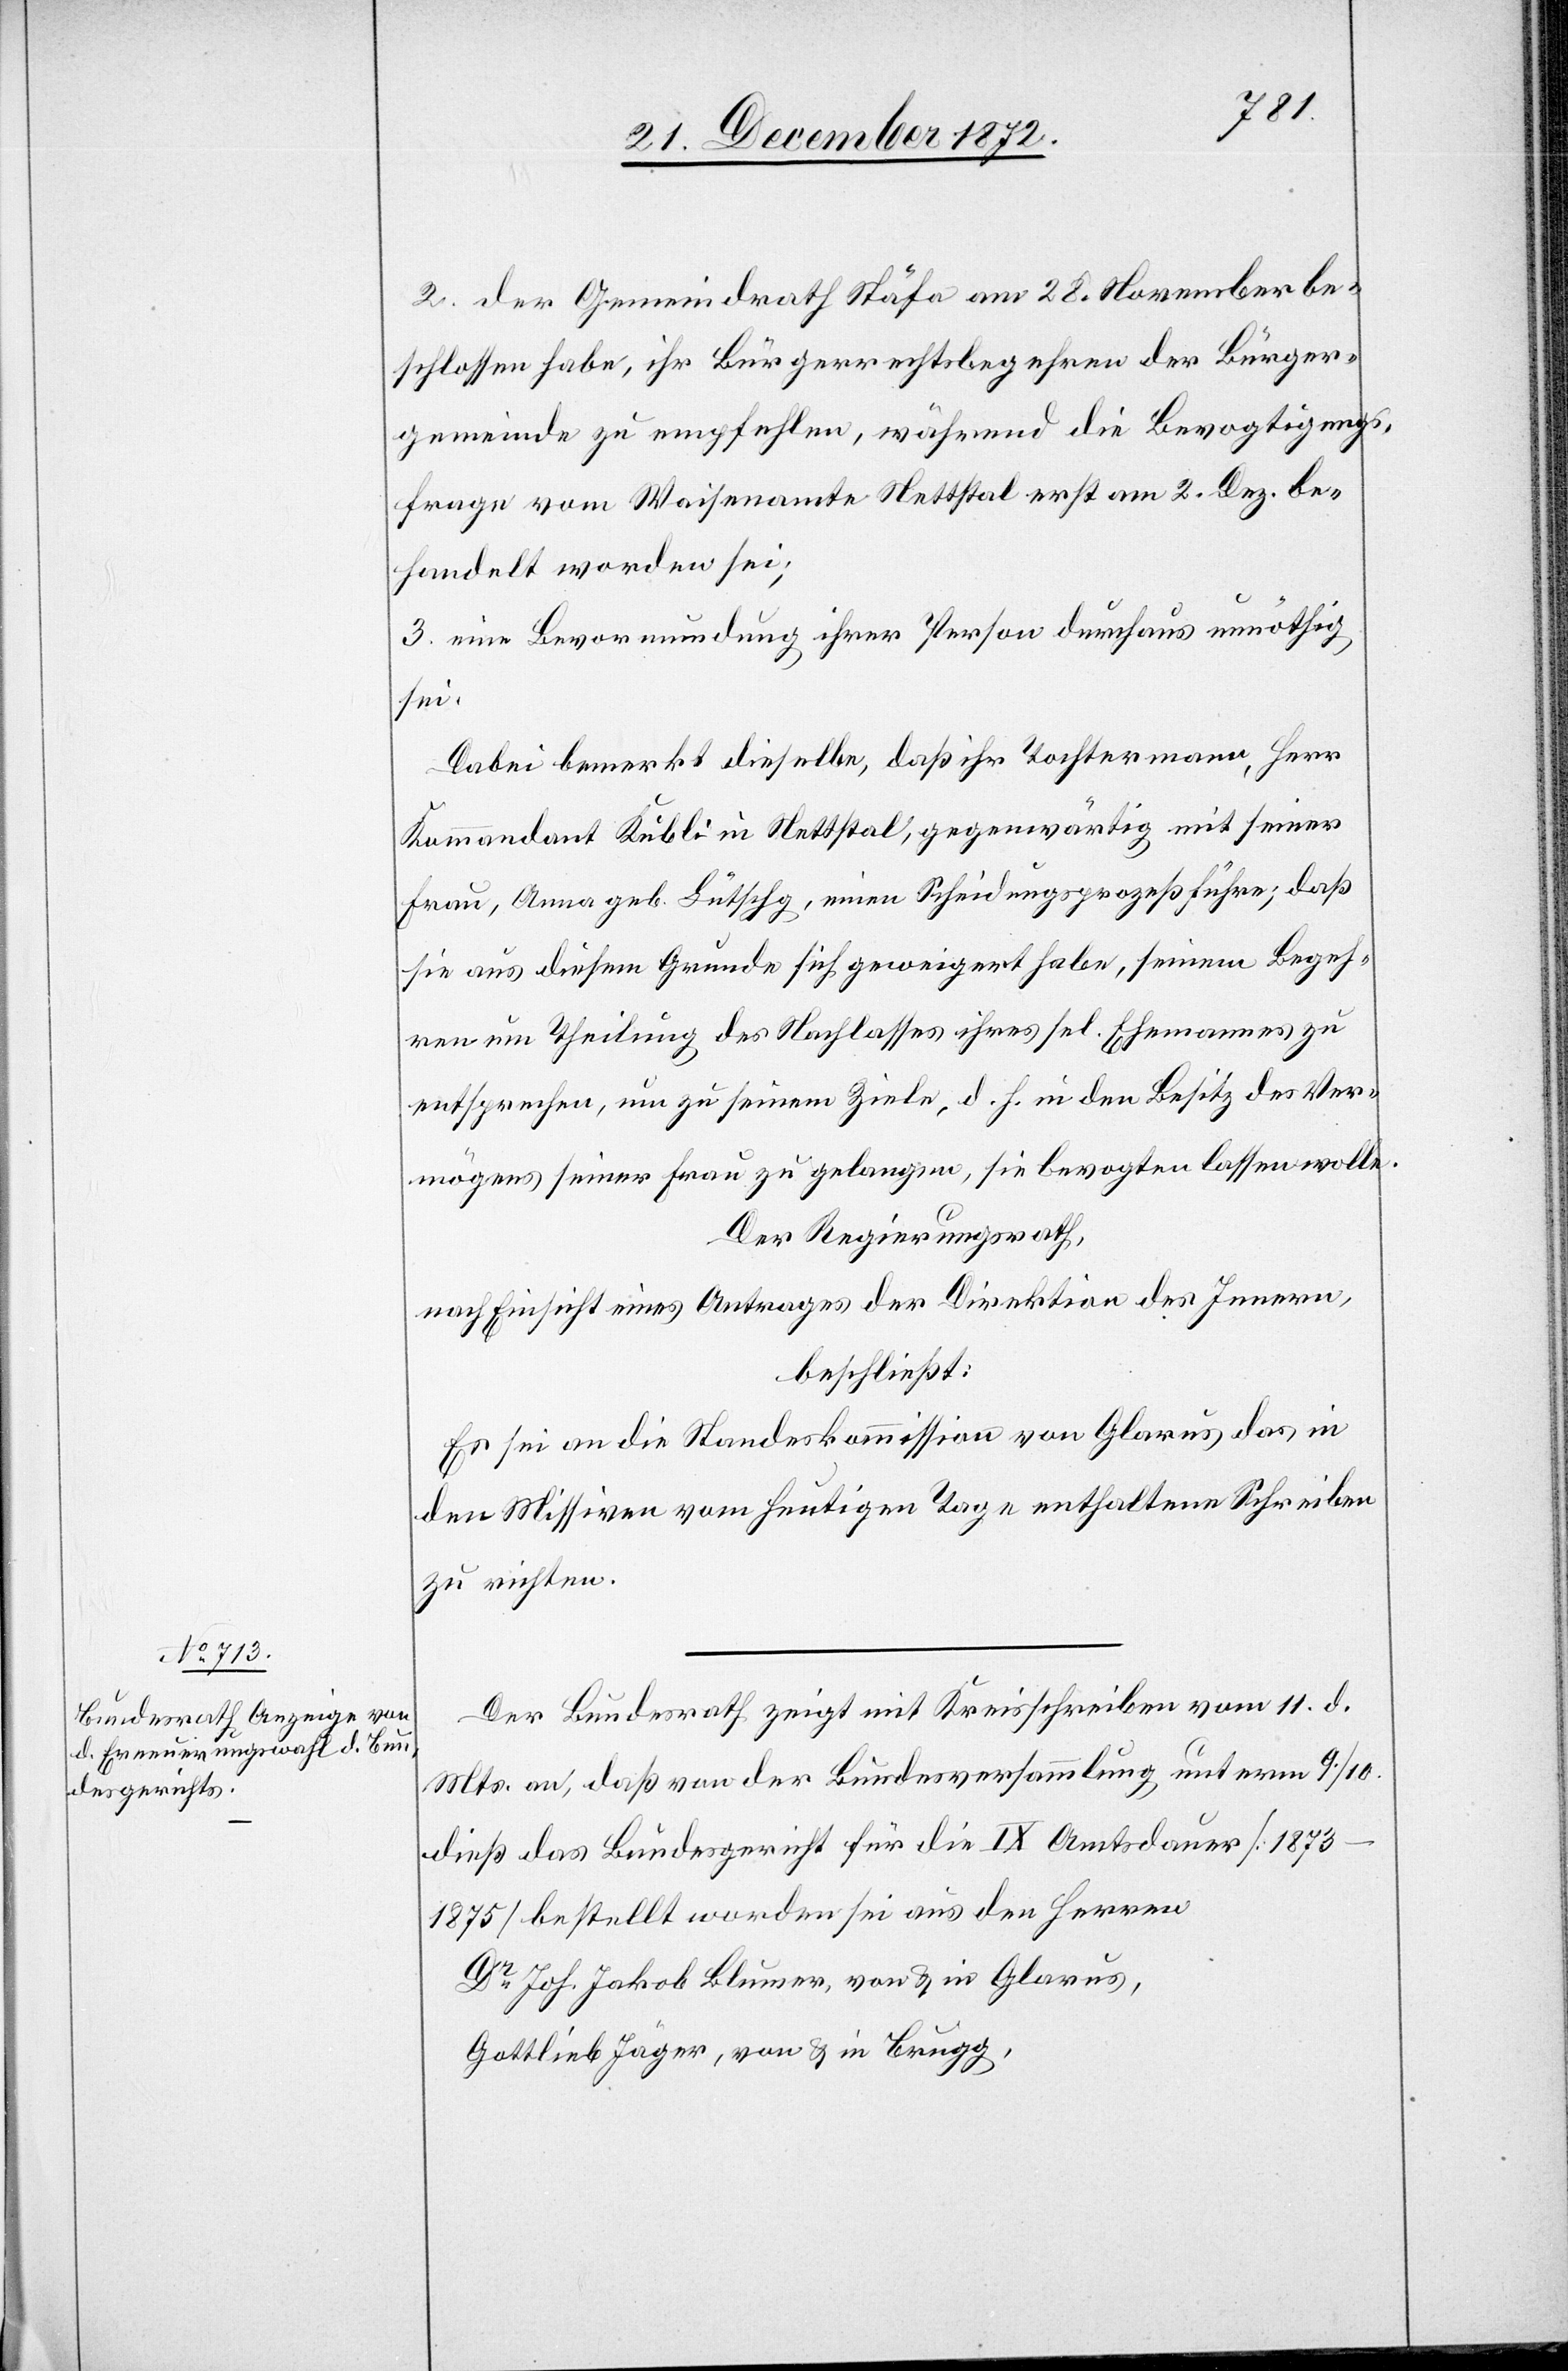
2. der Gemeindrath Stäfa am 28. November be¬
schlossen habe, ihr Bürgerrechtsbegehren der Bürger¬
gemeinde zu empfehlen, während die Bevogtigungs¬
frage vom Waisenamte Nettstal erst am 2. Dez. be¬
handelt worden sei;
3. eine Bevormundung ihrer Person durchaus unnöthig
sei.
Dabei bemerkt dieselbe, daß ihr Tochtermann, Herr
Kommandant Kubli in Nettstal, gegenwärtig mit seiner
Frau, Anna geb. Lütschg, einen Scheidungsprozeß führe; daß
sie aus diesem Grunde sich geweigert habe, seinem Begeh¬
ren um Theilung des Nachlasses ihres sel. Ehemannes zu
entsprechen, um zu seinem Ziele, d. h. in den Besitz des Ver¬
mögens seiner Frau zu gelangen, sie bevogten lassen wolle.
Der Regierungsrath,
nach Einsicht eines Antrages der Direktion des Innern,
beschließt:
Es sei an die Standeskommission von Glarus das in
den Missiven vom heutigen Tage enthaltene Schreiben
zu richten.
Der Bundesrath zeigt mit Kreisschreiben vom 11. d.
Mts. an, daß von der Bundesversammlung unterm 9./10.
dieß das Bundesgericht für die IX Amtsdauer [1873–1875]
bestellt worden sei aus den Herren
Dr Joh. Jakob Blumer, von u. in Glarus,
Gottlieb Jäger, von u. in Brugg,